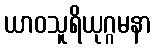
ယာဝသူရိယုဂ္ဂမနာ